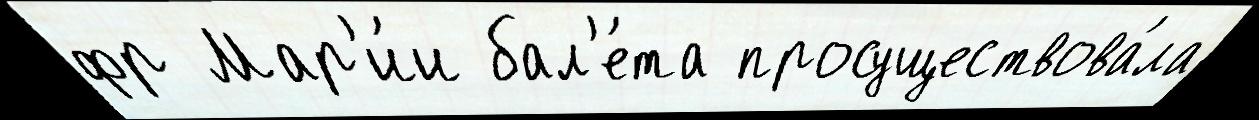
фр Мар'и́и бал'е́та просуществова́ла